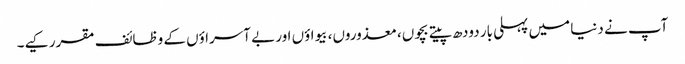
آپ نے دنیا میں پہلی بار دودھ پیتے بچوں، معذوروں، بیواؤں اور بے آسراؤں کے وظائف مقرر کیے۔